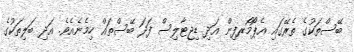
ބޭސްތަކުގެ ތެރޭގައި އެޕޯމޯރފިން އަދި ޑިޖިޓާލިސް ފަދަ ބޭސްތައް ހިމެނެއެވެ. އަދި ބަލިތަކުގެ